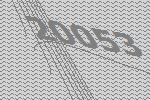
20053